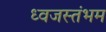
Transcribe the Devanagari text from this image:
ध्‍वजस्‍तंभम